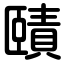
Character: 賾